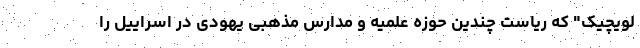
لویچیک" که ریاست چندین حوزه علمیه و مدارس مذهبی یهودی در اسراییل را